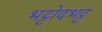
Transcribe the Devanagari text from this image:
भट्टोदभट्ट